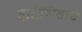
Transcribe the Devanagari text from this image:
वाटेशिवाय